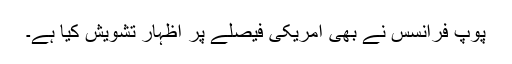
پوپ فرانسس نے بھی امریکی فیصلے پر اظہار تشویش کیا ہے۔